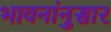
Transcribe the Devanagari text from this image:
भावनांनुसार